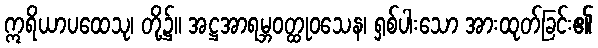
ဣရိယာပထေသု၊ တို့၌။ အဋ္ဌအာရမ္ဘဝတ္ထုဝသေန၊ ရှစ်ပါးသော အားထုတ်ခြင်း၏